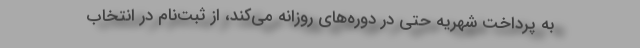
به پرداخت شهریه حتی در دوره‌های روزانه می‌کند، از ثبت‌نام در انتخاب